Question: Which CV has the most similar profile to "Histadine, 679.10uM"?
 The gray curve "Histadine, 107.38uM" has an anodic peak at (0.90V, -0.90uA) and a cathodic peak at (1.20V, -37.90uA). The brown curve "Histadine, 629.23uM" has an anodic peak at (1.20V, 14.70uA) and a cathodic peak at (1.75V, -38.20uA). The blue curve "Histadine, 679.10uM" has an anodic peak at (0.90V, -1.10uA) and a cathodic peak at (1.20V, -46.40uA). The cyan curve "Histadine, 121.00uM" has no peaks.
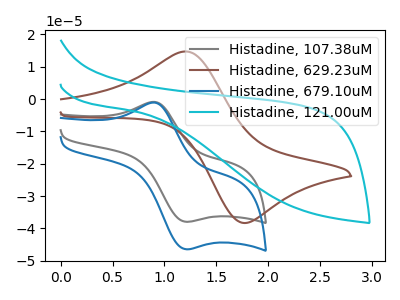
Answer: <think>"Histadine, 107.38uM" and "Histadine, 629.23uM" have at least one peak that do not match. All the peaks in "Histadine, 107.38uM" have a peak in "Histadine, 679.10uM" at the same potential. "Histadine, 107.38uM" and "Histadine, 121.00uM" have a different number of peaks. "Histadine, 629.23uM" and "Histadine, 679.10uM" have at least one peak that do not match. "Histadine, 629.23uM" and "Histadine, 121.00uM" have a different number of peaks. "Histadine, 679.10uM" and "Histadine, 121.00uM" have a different number of peaks.
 </think>
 <answer>The CV with the most similar shape to "Histadine, 107.38uM" is "Histadine, 679.10uM".</answer>
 <eval>"Histadine, 679.10uM"</eval>